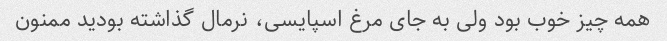
همه چیز خوب بود ولی به جای مرغ اسپایسی، نرمال گذاشته بودید ممنون